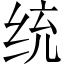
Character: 统